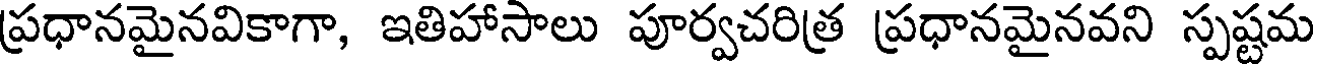
ప్రధానమైనవికాగా, ఇతిహాసాలు పూర్వచరిత్ర ప్రధానమైనవని స్పష్టమ